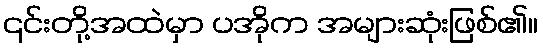
၎င်းတို့အထဲမှာ ပအိုက အများဆုံးဖြစ်၏။